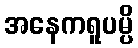
အနေကရူပမ္ပိ